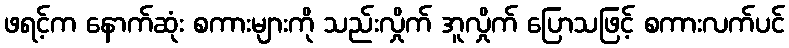
ဖရင့်က နောက်ဆုံး စကားများကို သည်းလှိုက် အူလှိုက် ပြောသဖြင့် စကားလက်ပင်